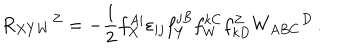
LaTeX: R _ { X Y W } { } ^ { Z } = - \frac 1 2 f _ { X } ^ { A i } \varepsilon _ { i j } f _ { Y } ^ { j B } f _ { W } ^ { k C } f _ { k D } ^ { Z } W _ { A B C } { } ^ { D } \, .